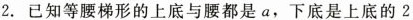
2.已知等腰梯形的上底与腰都是a，下底是上底的2